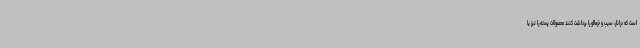
است که درانار، سیب و خرمالو را برداشت کنند محصولات پسته را نیز یا